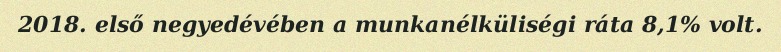
2018. első negyedévében a munkanélküliségi ráta 8,1% volt.